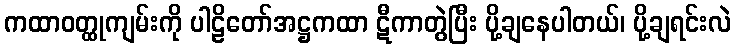
ကထာဝတ္ထုကျမ်းကို ပါဠိတော်အဋ္ဌကထာ ဋီကာတွဲပြီး ပို့ချနေပါတယ်၊ ပို့ချရင်းလဲ